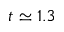
t \simeq 1 . 3